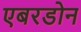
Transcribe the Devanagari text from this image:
एबरडोन